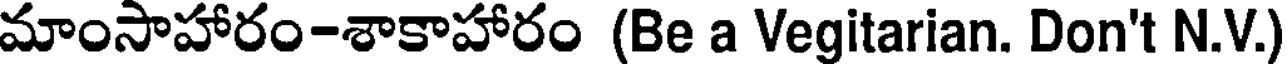
మాంసాహారం-శాకాహారం (Be a Vegitarian. Don't N.V.)